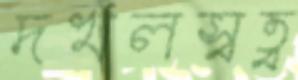
দখলস্বত্ব